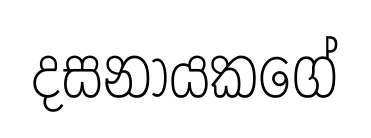
දසනායකගේ